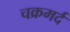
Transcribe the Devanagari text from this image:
चक्रमर्द